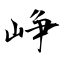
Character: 峥